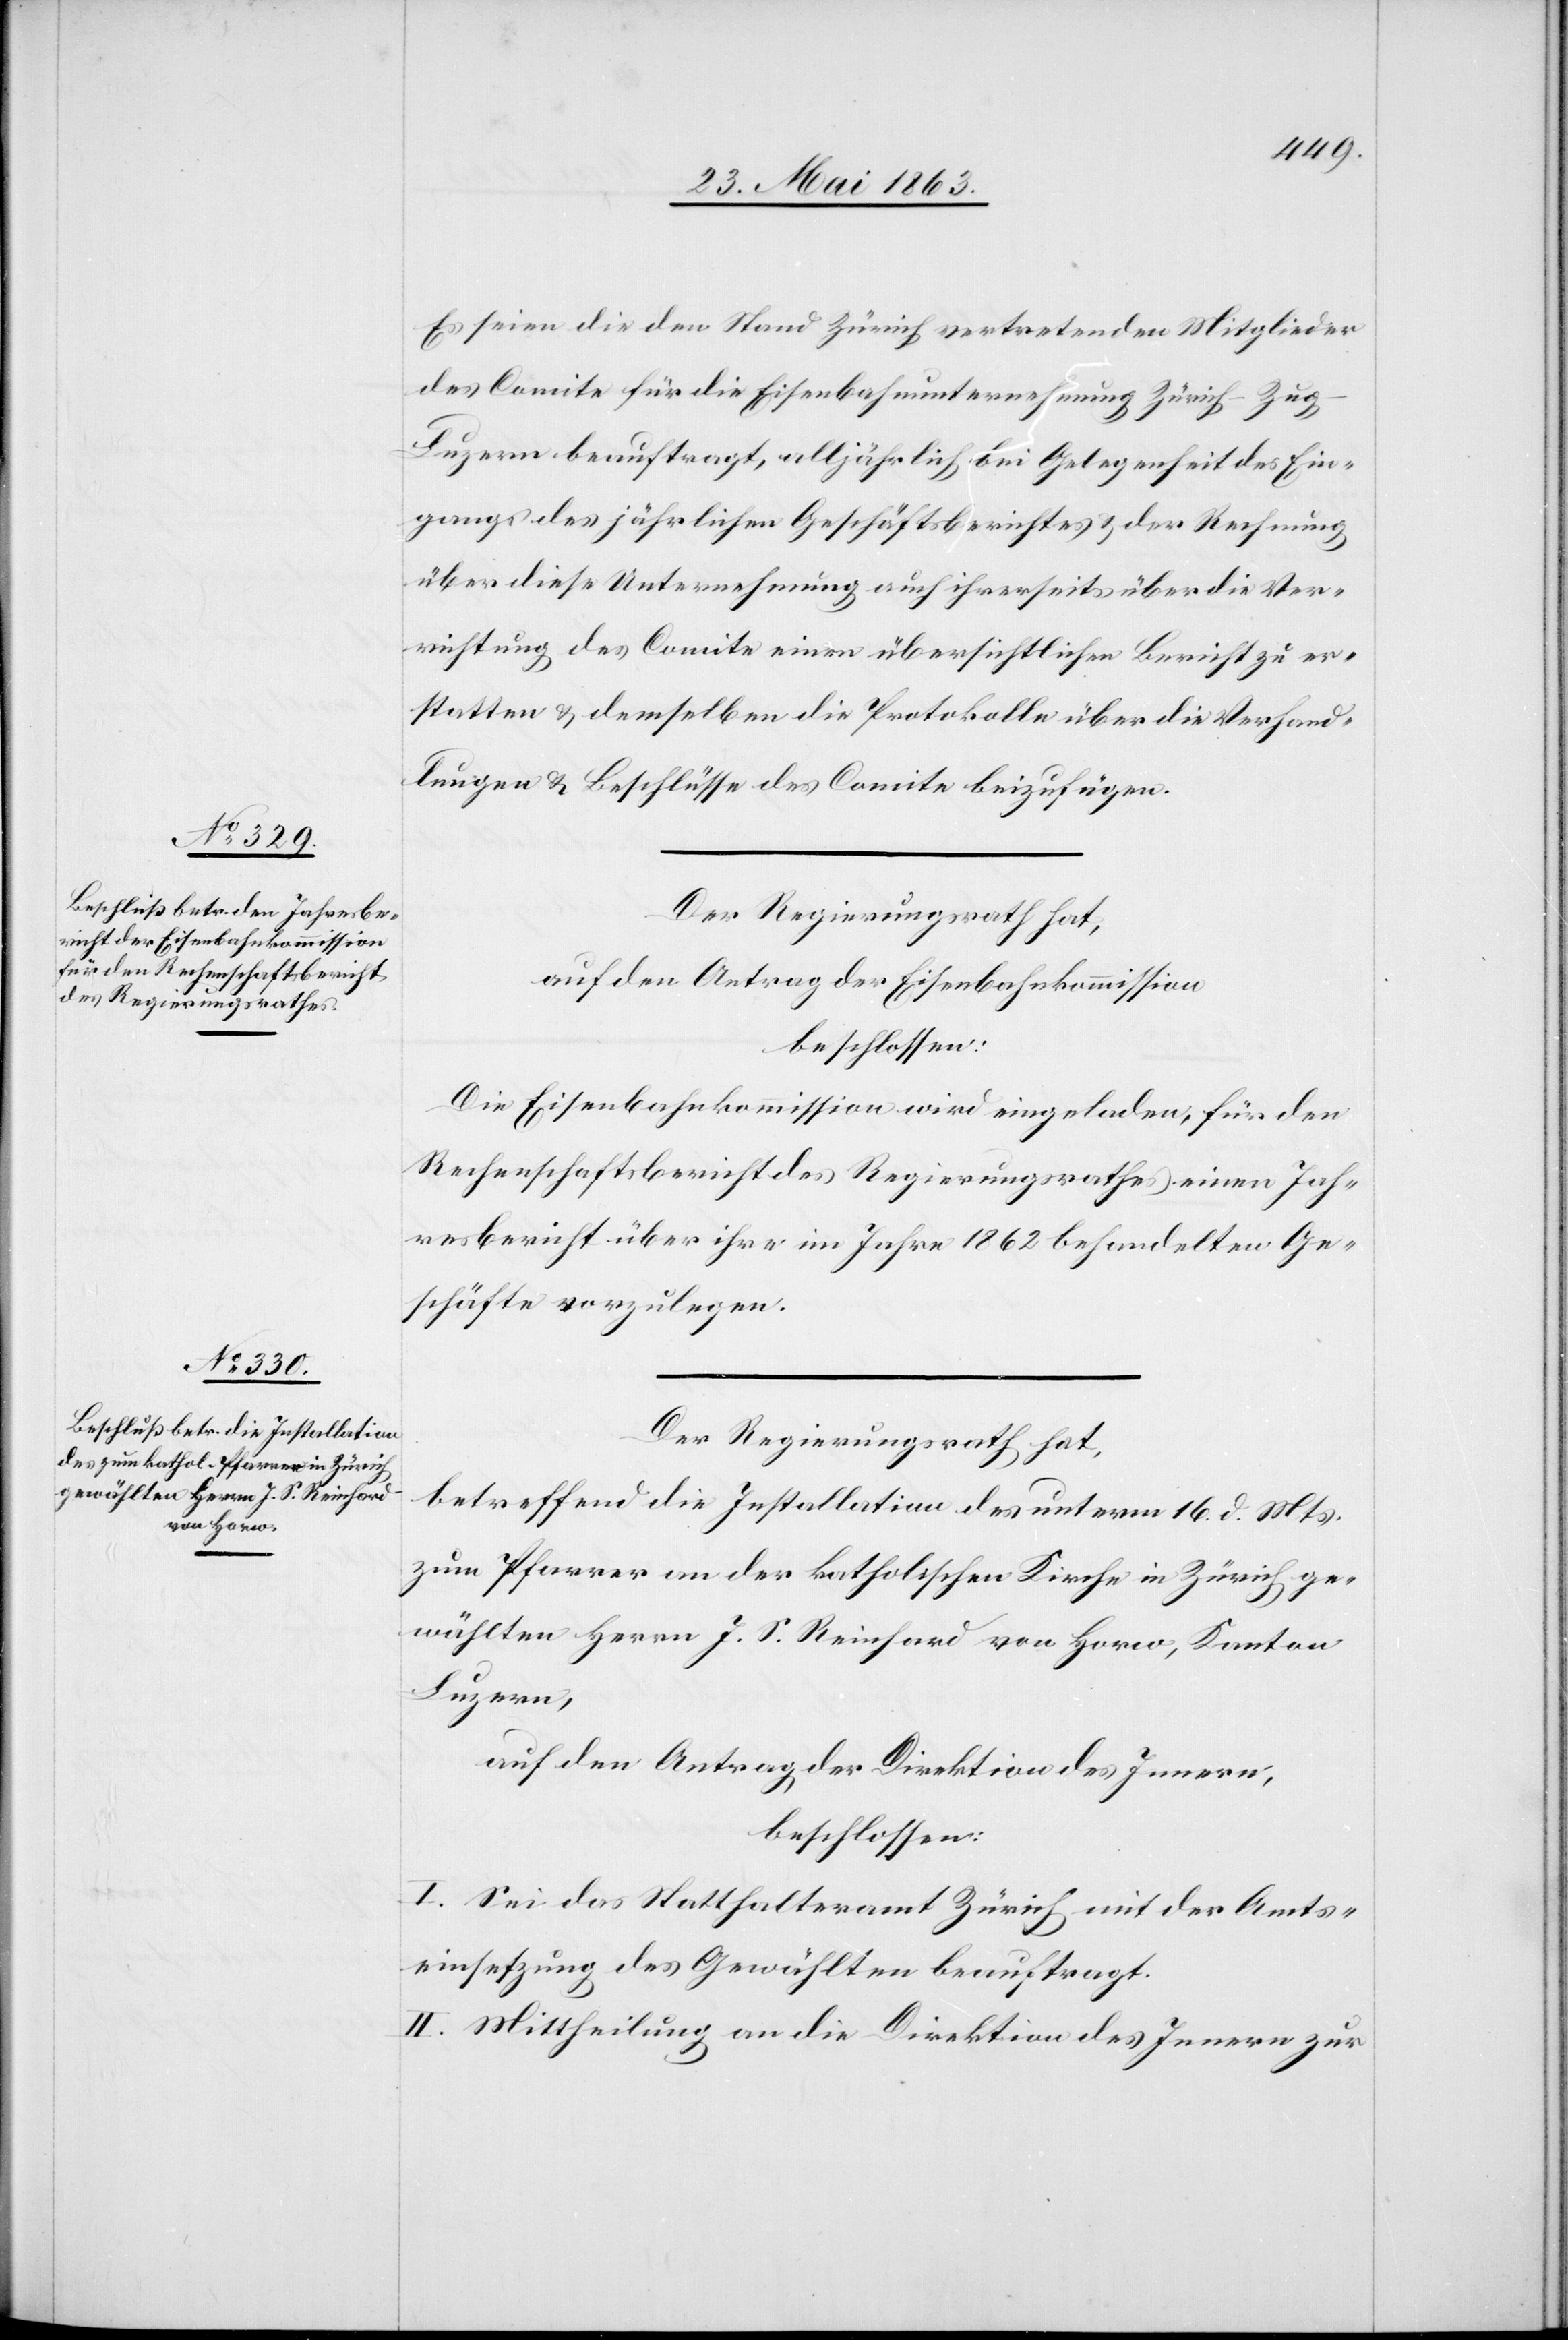
E seien die den Stand Zürich vertretenden Mitglieder
des Comite für die Eisenbahnunternehmung Zürich–Zug–L¬
uzern beauftragt, alljährlich bei Gelegenheit des Ein¬
gangs des jährlichen Geschäftsberichtes & der Rechnung
über diese Unternehmung auch ihrerseits über die Ver¬
richtung des Comite einen übersichtlichen Bericht zu er¬
statten & demselben die Protokolle über die Verhand¬
lungen & Beschlüsse des Comite beizufügen.
Der Regierungsrath hat,
auf den Antrag der Eisenbahnkommission
beschlossen:
Die Eisenbahnkommission wird eingeladen, für den
Rechenschaftsbericht des Regierungsrathes einen Jah¬
resbericht über ihre im Jahre 1862 behandelten Ge¬
schäfte vorzulegen.
Der Regierungsrath hat,
betreffend die Installation des unterm 16. d. Mts.
zum Pfarrer an der katholischen Kirche in Zürich ge¬
wählten Herrn J. S. Reinhard von Horw, Kanton
Luzern,
auf den Antrag der Direktion des Innern,
beschlossen:
I. Sei das Statthalteramt Zürich mit der Amts¬
einsetzung des Gewählten beauftragt.
II. Mittheilung an die Direktion des Innern zur